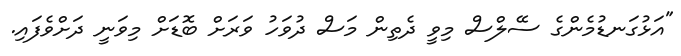
"އަޅުގަނޑުމެންގެ ސޭލްސް މިވީ ދެތިން މަސް ދުވަހު ވަރަށް ބޮޑަށް މިވަނީ ދަށްވެފައި.